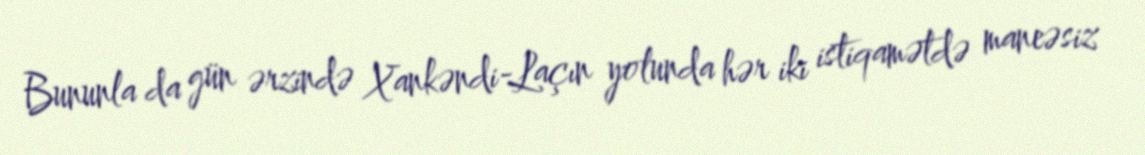
Bununla da gün ərzində Xankəndi-Laçın yolunda hər iki istiqamətdə maneəsiz